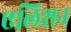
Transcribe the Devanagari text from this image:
एलिशन